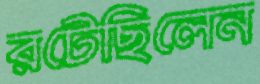
রটেছিলেন